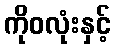
ကိုဝလုံးနှင့်